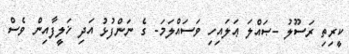
ކީރިތި ރަސޫލު -ޞައްލަ ޢަލައިހި ވަސައްލަމަ- ގެ ނަންފުޅު އަދި ޚަލީފާއިން ވެސް